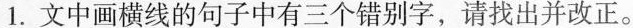
1.文中画横线的句子中有 个错别字，请找出并改正。